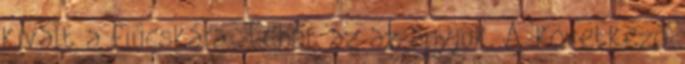
kivált a fiúcskára. Tehát az az anyjuk. A következő